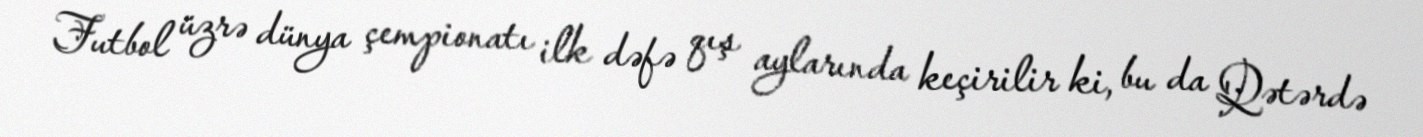
Futbol üzrə dünya çempionatı ilk dəfə qış aylarında keçirilir ki, bu da Qətərdə